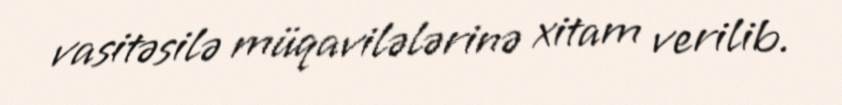
vasitəsilə müqavilələrinə xitam verilib.